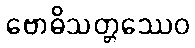
ဗောဓိသတ္တဿေဝ